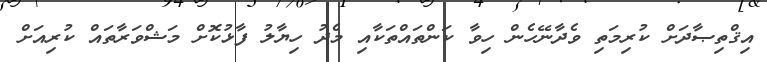
އިޤްތިޞާދަށް ކުރިމަތި ވެދާނޭހެން ހިވާ ކަންތައްތަކާއި މެދު ހިޔާލު ފާޅުކޮށް މަޝްވަރާތައް ކުރިއަށް